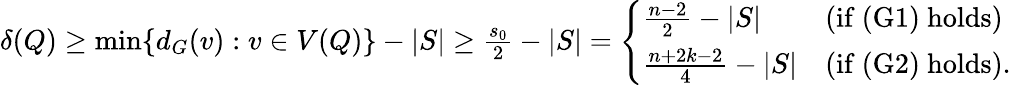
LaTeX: \begin{array}{r}{\delta(Q)\geq\operatorname*{min}\{ d_{G}(v):v\in V(Q)\} -|S|\geq\frac{s_{0}}{2}-|S|=\left\{ \begin{array}{ll}{\frac{n-2}{2}-|S|}&{\mathrm{(if~(G1)~holds)}}\\ {\frac{n+2k-2}{4}-|S|}&{\mathrm{(if~(G2)~holds)}.}\end{array}\right.}\end{array}